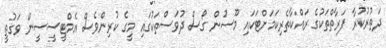
ދަތުރުކުރާ ފަރާތްތަކުގެ ރައްކާތެރިކަމަށްޓަކައި މޫސުން ގޯސް ދުވަސްތަކުގައި މީގެ ކުރިންވެސް އެމްޓީސީސީން ވަގުތީ